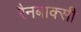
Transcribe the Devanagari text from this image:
रैनबाक्सी